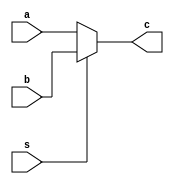
module mux(a,b,s,c);
  input [31:0]a,b;
  input s;
  output [31:0]c;
  assign c=(s==0)?a:b;
endmodule